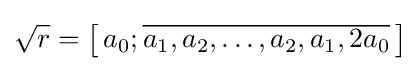
{\sqrt {r}}=\left[\,a_{0};{\overline {a_{1},a_{2},\dots ,a_{2},a_{1},2a_{0}}}\,\right]